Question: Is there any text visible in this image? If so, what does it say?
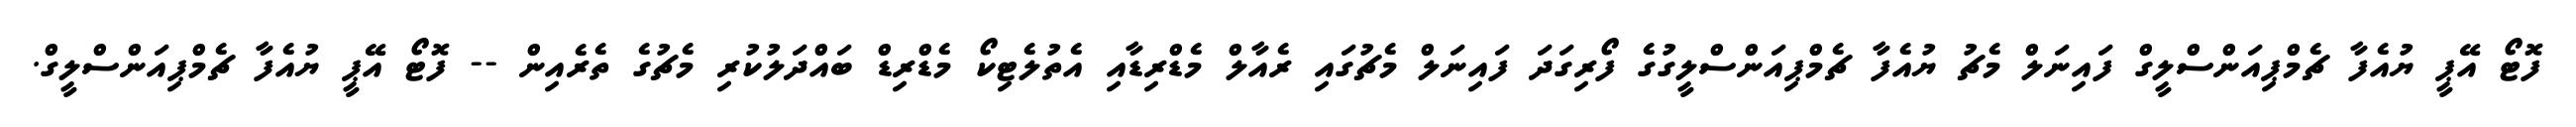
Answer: ފޮޓޯ އޭޕީ ޔުއެފާ ޗެމްޕިއަންސްލީގް ފައިނަލް މެޗު ޔުއެފާ ޗެމްޕިއަންސްލީގުގެ ފޯރިގަދަ ފައިނަލް މެޗުގައި ރެއާލް މެޑްރިޑާއި އެތުލެޓިކޯ މެޑްރިޑް ބައްދަލުކުރި މެޗުގެ ތެރެއިން -- ފޮޓޯ އޭޕީ ޔުއެފާ ޗެމްޕިއަންސްލީގް.